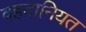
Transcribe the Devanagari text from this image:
वहदानियत